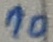
Text: 10